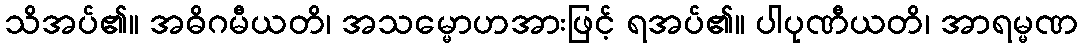
သိအပ်၏။ အဓိဂမီယတိ၊ အသမ္မောဟအားဖြင့် ရအပ်၏။ ပါပုဏီယတိ၊ အာရမ္မဏ